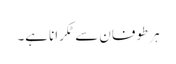
ہر طوفان سے ٹکرانا ہے۔